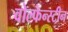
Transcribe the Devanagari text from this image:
वोल्फेन्स्टीन